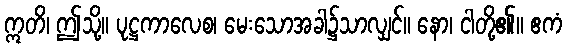
ဣတိ၊ ဤသို့။ ပုဋ္ဌကာလေစ၊ မေးသောအခါ၌သာလျှင်။ နော၊ ငါတို့၏။ ဧကံ